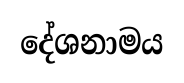
දේශනාමය